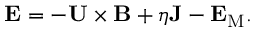
{ \bf { E } } = - { \bf { U } } \times { \bf { B } } + \eta { \bf { J } } - { \bf { E } } _ { \mathrm { { M } } } .